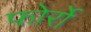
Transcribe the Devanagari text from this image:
फोर्रो